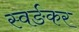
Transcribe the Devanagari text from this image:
स्वर्ङकर